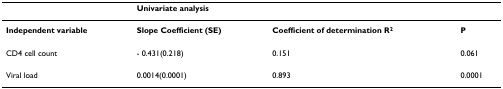
<table><thead><tr><td></td><td colspan="3"><b>Univariate analysis</b></td></tr></thead><tbody><tr><td><b>Independent variable</b></td><td><b>Slope Coefficient (SE)</b></td><td><b>Coefficient of determination R</b><sup><b>2</b></sup></td><td><b>P</b></td></tr><tr><td>CD4 cell count</td><td>- 0.431(0.218)</td><td>0.151</td><td>0.061</td></tr><tr><td>Viral load</td><td>0.0014(0.0001)</td><td>0.893</td><td>0.0001</td></tr></tbody></table>